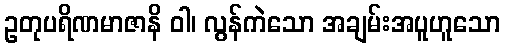
ဥတုပရိဏမာဇာနိ ဝါ၊ လွန်ကဲသော အချမ်းအပူဟူသော